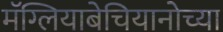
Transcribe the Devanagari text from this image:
मॅग्लियाबेचियानोच्या